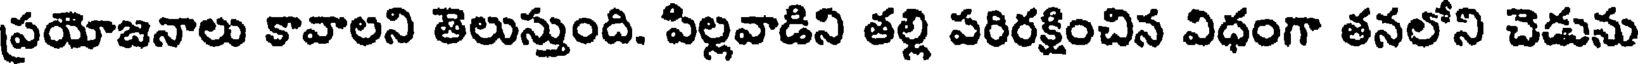
ప్రయోజనాలు కావాలని తెలుస్తుంది. పిల్లవాడిని తల్లి పరిరక్షించిన విధంగా తనలోని చెడును